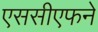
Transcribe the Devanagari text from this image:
एससीएफने